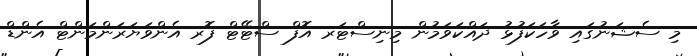
މި ސެޝަނުގައި ވާހަކަފުޅު ދައްކަވަމުން މިނިސްޓަރ އޮފް ސްޓޭޓް ފޮރ އެންވަޔަރަންމަންޓް އެންޑް